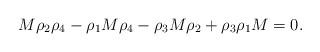
LaTeX: \begin{align*}M\rho_2\rho_4 -\rho_1 M \rho_4 -\rho_3 M \rho_2 + \rho_3\rho_1 M =0.\end{align*}